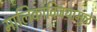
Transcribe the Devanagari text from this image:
मालिकाविजयामुळे